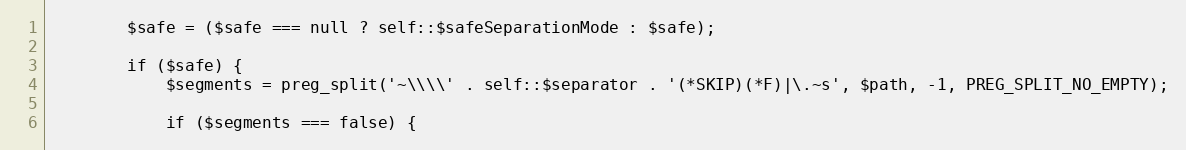
Language: PHP
        $safe = ($safe === null ? self::$safeSeparationMode : $safe);

        if ($safe) {
            $segments = preg_split('~\\\\' . self::$separator . '(*SKIP)(*F)|\.~s', $path, -1, PREG_SPLIT_NO_EMPTY);

            if ($segments === false) {